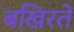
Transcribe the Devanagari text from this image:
बखिरते